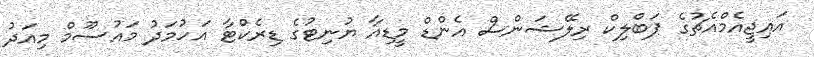
އައިޖީއެމްއެޗުގެ ޕަބްލިކް ރިލޭޝަންސް އެންޑް މީޑިއާ ޔުނިޓުގެ ޑިރެކްޓާ އަހުމަދު މައުސޫމް މިއަދު